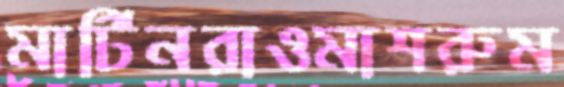
মার্টিনরাওমাশরুম